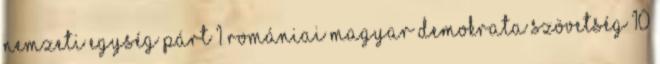
Nemzeti Egység Párt 1 Romániai Magyar Demokrata Szövetség 10